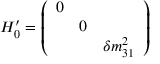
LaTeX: H _ { 0 } ^ { \prime } = \left( \begin{array} { c c c } { { 0 } } & { { } } & { { } } \\ { { } } & { { 0 } } & { { } } \\ { { } } & { { } } & { { \delta m _ { 3 1 } ^ { 2 } } } \end{array} \right)